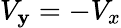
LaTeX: V_{\mathbf{y}}=-V_{x}